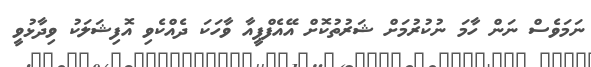
ނަމަވެސް ނަން ހާމަ ނުކުރުމަށް ޝަރުތުކޮށް އޭއެފްޕީއާ ވާހަކަ ދެއްކެވި އޮފިޝަލަކު ވިދާޅުވީ